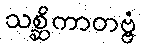
သစ္ဆိကာတဗ္ဗံ